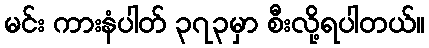
မင်း ကားနံပါတ် ၃၇၃မှာ စီးလို့ရပါတယ်။